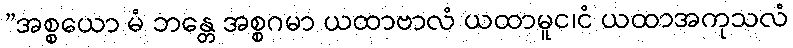
”အစ္စယော မံ ဘန္တေ အစ္စဂမာ ယထာဗာလံ ယထာမူင၊ငံ ယထာအကုသလံ